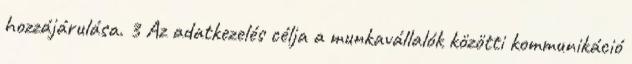
hozzájárulása. 3 Az adatkezelés célja a munkavállalók közötti kommunikáció